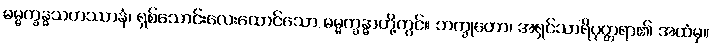
ဓမ္မက္ခန္ဓသဟဿာနံ၊ ရှစ်သောင်းလေးထောင်သော ဓမ္မက္ခန္ဓာတို့တွင်။ ဘက္ခုတော၊ အရှင်သာရိပုတ္တရာ၏ အထံမှ။